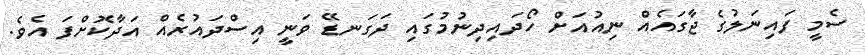
ސެމީ ފައިނަލުގެ ޖާގައެއް ނިއުއަށް ހޯދައިދިނުމުގައި ދަގަނޑޭ ވަނީ އިސްދައުރެއް އަދާކޮށްފަ އެވެ.